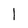
Character: l